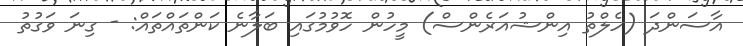
އާސަންދަ (ހެލްތު އިންޝުއަރެންސް) މީހުން ހޮވުމުގައި ބަލާނެ ކަންތައްތައް: - ގިނަ ވަގުތު